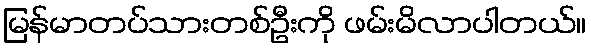
မြန်မာတပ်သားတစ်ဦးကို ဖမ်းမိလာပါတယ်။